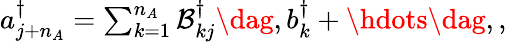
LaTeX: \begin{array}{r}{a_{j+n_{A}}^{\dagger}=\sum_{k=1}^{n_{A}}\mathcal{B}_{kj}^{\dagger}\dag,b_{k}^{\dagger}+\hdots\dag,,}\end{array}